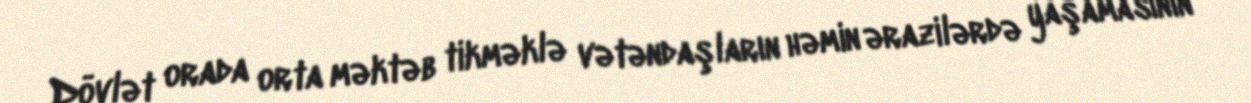
Dövlət orada orta məktəb tikməklə vətəndaşların həmin ərazilərdə yaşamasının